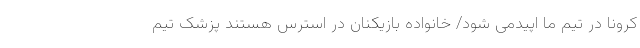
کرونا در تیم ما اپیدمی شود/ خانواده بازیکنان در استرس هستند پزشک تیم